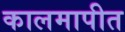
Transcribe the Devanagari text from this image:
कालमापीत